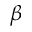
\beta